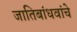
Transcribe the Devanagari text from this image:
जातिबांधवांचे